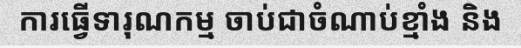
ការធ្វើទារុណកម្ម ចាប់ជាចំណាប់ខ្មាំង និង